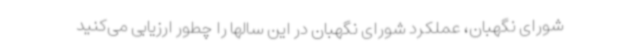
شورای نگهبان، عملکرد شورای نگهبان در این سالها را چطور ارزیابی می‌کنید